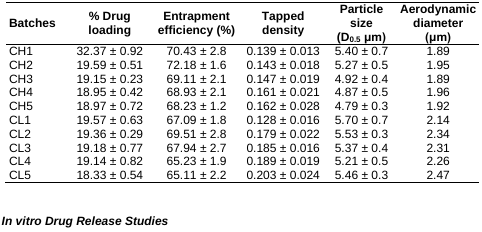
| Batches | % Drug loading | Entrapment efficiency (%) | Tapped density | Particle size (D0.5 μm) | Aerodynamic diameter (μm) |
 | --- | --- | --- | --- | --- | --- |
 | CH1 | 32.37 ± 0.92 | 70.43 ± 2.8 | 0.139 ± 0.013 | 5.40 ± 0.7 | 1.89 |
 | CH2 | 19.59 ± 0.51 | 72.18 ± 1.6 | 0.143 ± 0.018 | 5.27 ± 0.5 | 1.95 |
 | CH3 | 19.15 ± 0.23 | 69.11 ± 2.1 | 0.147 ± 0.019 | 4.92 ± 0.4 | 1.89 |
 | CH4 | 18.95 ± 0.42 | 68.93 ± 2.1 | 0.161 ± 0.021 | 4.87 ± 0.5 | 1.96 |
 | CH5 | 18.97 ± 0.72 | 68.23 ± 1.2 | 0.162 ± 0.028 | 4.79 ± 0.3 | 1.92 |
 | CL1 | 19.57 ± 0.63 | 67.09 ± 1.8 | 0.128 ± 0.016 | 5.70 ± 0.7 | 2.14 |
 | CL2 | 19.36 ± 0.29 | 69.51 ± 2.8 | 0.179 ± 0.022 | 5.53 ± 0.3 | 2.34 |
 | CL3 | 19.18 ± 0.77 | 67.94 ± 2.7 | 0.185 ± 0.016 | 5.37 ± 0.4 | 2.31 |
 | CL4 | 19.14 ± 0.82 | 65.23 ± 1.9 | 0.189 ± 0.019 | 5.21 ± 0.5 | 2.26 |
 | CL5 | 18.33 ± 0.54 | 65.11 ± 2.2 | 0.203 ± 0.024 | 5.46 ± 0.3 | 2.47 |